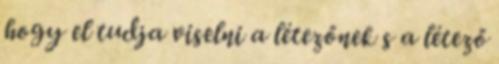
hogy el tudja viselni a létezőnek s a létező